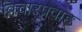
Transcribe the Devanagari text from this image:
विचारप्रवाह्